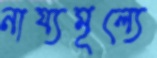
নায্যমূল্যে